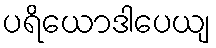
ပရိယောဒါပေယျ